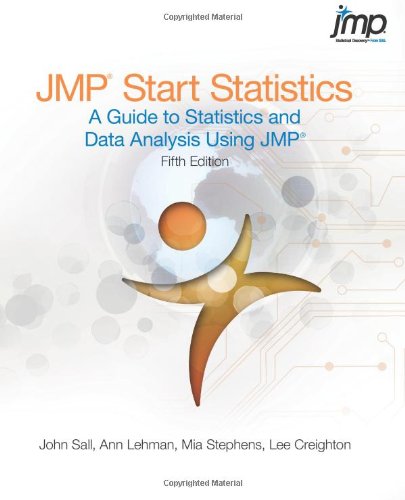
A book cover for JMP Start Statistics: A Guide to Statistics and Data Analysis Using JMP, Fifth Edition; John Sall; Computers & Technology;